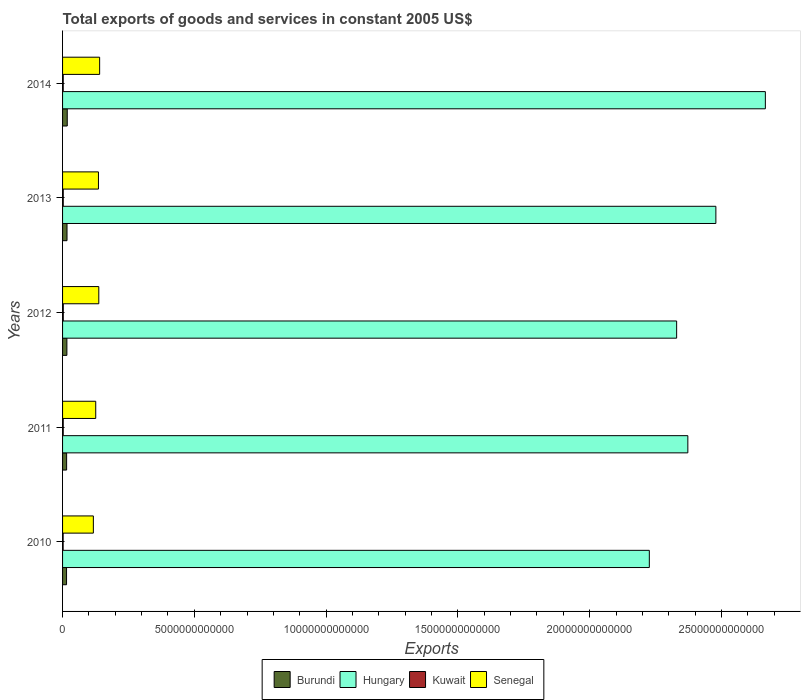
| Years | Burundi | Hungary | Kuwait | Senegal |
 | --- | --- | --- | --- | --- |
 | 2010 | 1.51e+11 | 2.23e+13 | 2.21e+10 | 1.17e+12 |
 | 2011 | 1.54e+11 | 2.37e+13 | 2.52e+10 | 1.26e+12 |
 | 2012 | 1.64e+11 | 2.33e+13 | 2.71e+10 | 1.37e+12 |
 | 2013 | 1.69e+11 | 2.48e+13 | 2.61e+10 | 1.36e+12 |
 | 2014 | 1.78e+11 | 2.67e+13 | 2.52e+10 | 1.41e+12 |